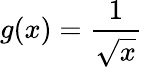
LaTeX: g(x)=\frac{1}{\sqrt{x}}